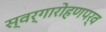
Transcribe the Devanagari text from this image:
स्वर्गारोहणपर्व